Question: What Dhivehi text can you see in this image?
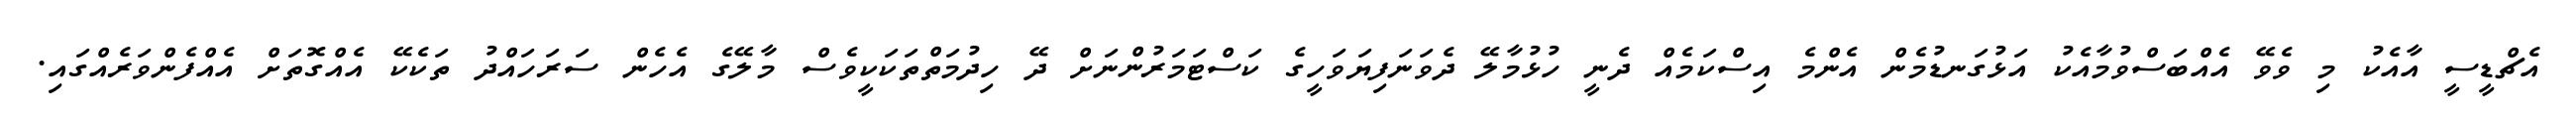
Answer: އެޗްޑީސީ އާއެކު މި ވެވޭ އެއްބަސްވުމާއެކު އަޅުގަނޑުމެން އެންމެ އިސްކަމެއް ދެނީ ހުޅުމާލޭ ދެވަނަފިޔަވަހީގެ ކަސްޓަމަރުންނަށް ދޭ ހިދުމަތްތަކަކީވެސް މާލޭގެ އެހެން ސަރަހައްދު ތަކެކޭ އެއްގޮތަށް އެއްފެންވަރެއްގައި.